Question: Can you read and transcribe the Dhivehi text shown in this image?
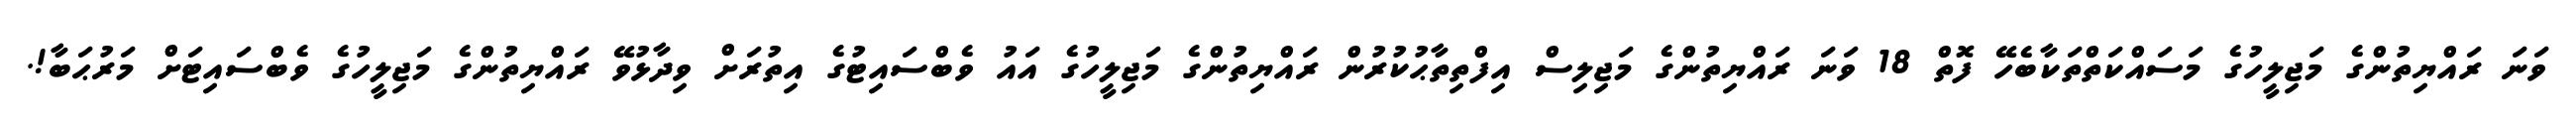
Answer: ވަނަ ރައްޔިތުންގެ މަޖިލީހުގެ މަސައްކަތްތަކާބެހޭ ފޮތް 18 ވަނަ ރައްޔިތުންގެ މަޖިލިސް އިފްތިތާޙުކުރުން ރައްޔިތުންގެ މަޖިލީހުގެ އައު ވެބްސައިޓުގެ އިތުރަށް ވިދާޅުވޭ ރައްޔިތުންގެ މަޖިލީހުގެ ވެބްސައިޓަށް މަރުޙަބާ!.